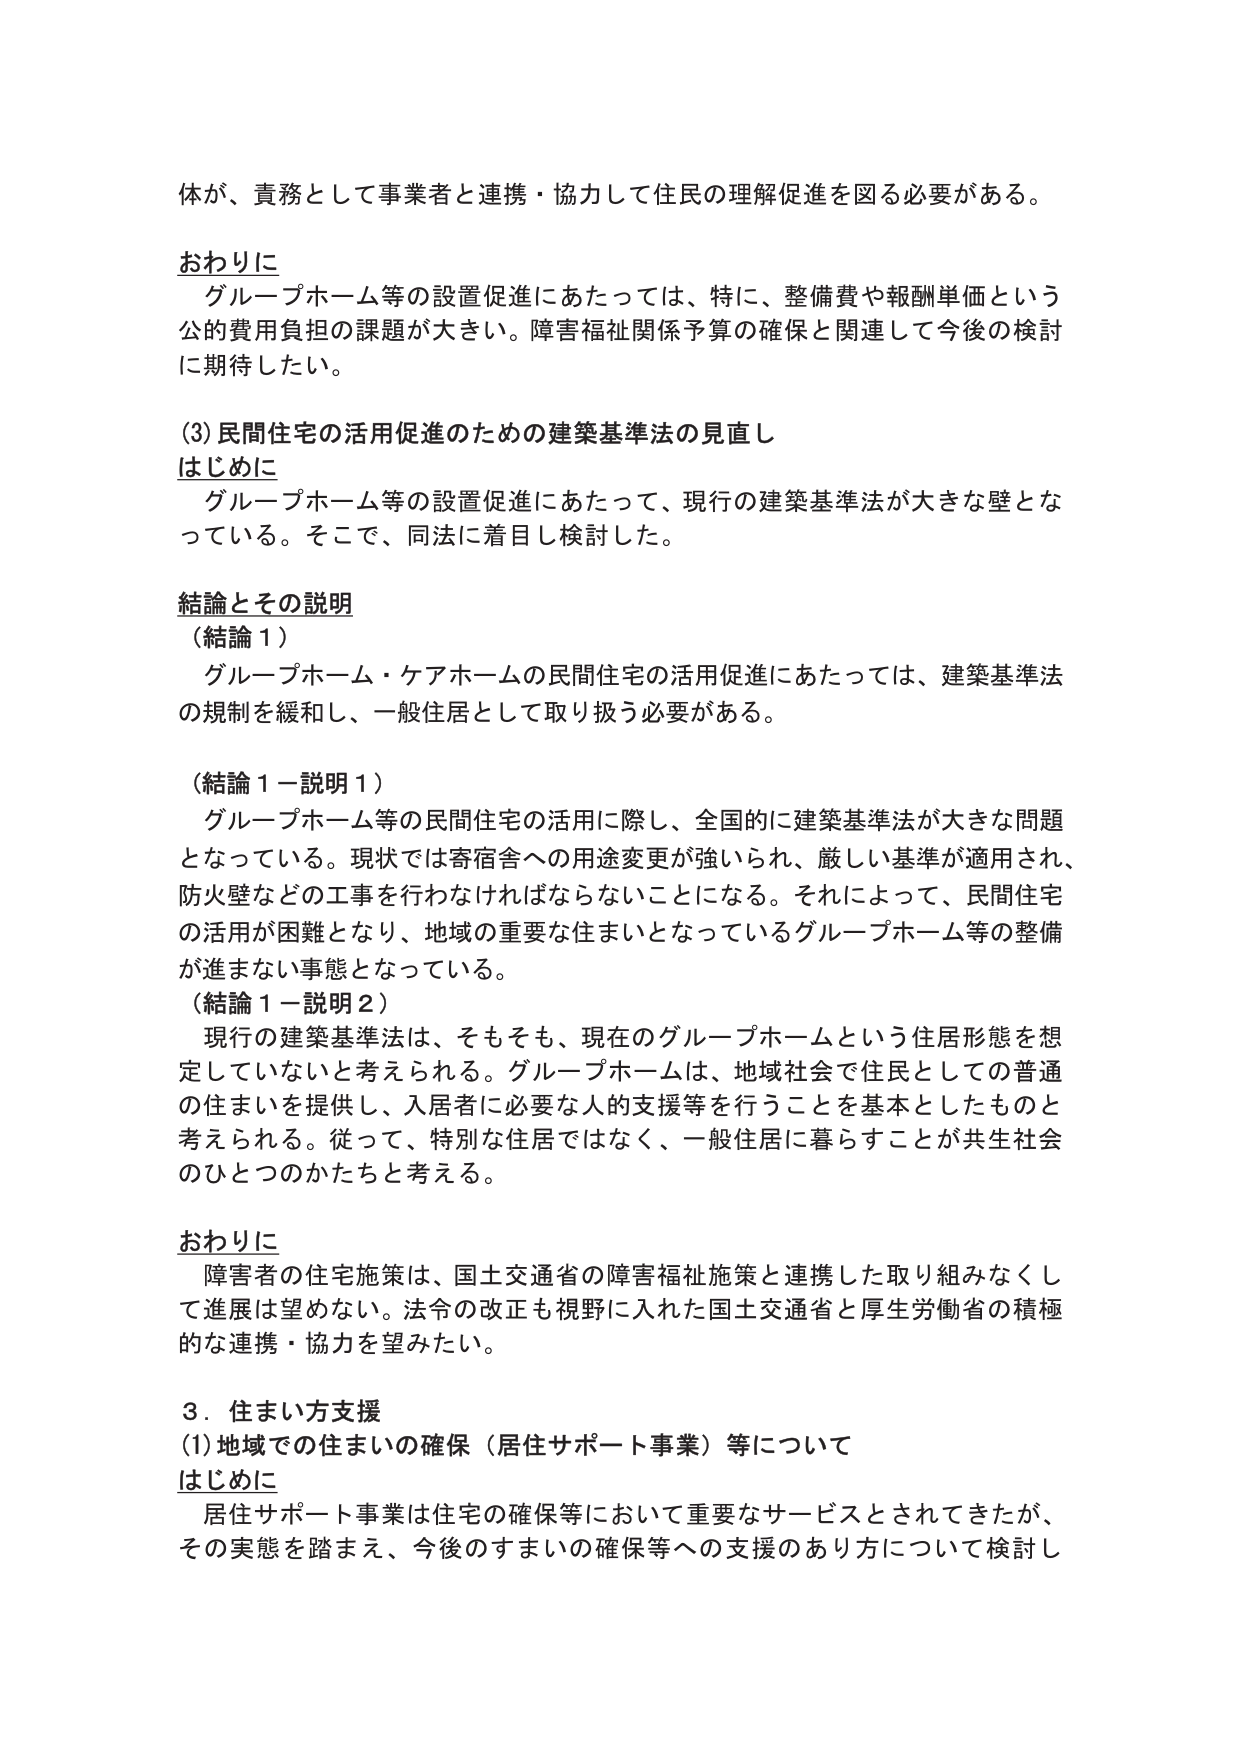
体が、責務として事業者と連携・協力して住民の理解促進を図る必要がある。

おわりに
　グループホーム等の設置促進にあたっては、特に、整備費や報酬単価という
公的費用負担の課題が大きい。障害福祉関係予算の確保と関連して今後の検討
に期待したい。

(3) 民間住宅の活用促進のための建築基準法の見直し
はじめに
　グループホーム等の設置促進にあたって、現行の建築基準法が大きな壁とな
っている。そこで、同法に着目し検討した。

結論とその説明
（結論１）
　グループホーム・ケアホームの民間住宅の活用促進にあたっては、建築基準法
の規制を緩和し、一般住居として取り扱う必要がある。

（結論１－説明１）
　グループホーム等の民間住宅の活用に際し、全国的に建築基準法が大きな問題
となっている。現状では寄宿舎への用途変更が強いられ、厳しい基準が適用され、
防火壁などの工事を行わなければならないことになる。それによって、民間住宅
の活用が困難となり、地域の重要な住まいとなっているグループホーム等の整備
が進まない事態となっている。
（結論１－説明２）
　現行の建築基準法は、そもそも、現在のグループホームという住居形態を想
定していないと考えられる。グループホームは、地域社会で住民としての普通
の住まいを提供し、入居者に必要な人的支援等を行うことを基本としたものと
考えられる。従って、特別な住居ではなく、一般住居に暮らすことが共生社会
のひとつのかたちと考える。

おわりに
　障害者の住宅施策は、国土交通省の障害福祉施策と連携した取り組みなくし
て進展は望めない。法令の改正も視野に入れた国土交通省と厚生労働省の積極
的な連携・協力を望みたい。

３．住まい方支援
(1) 地域での住まいの確保（居住サポート事業）等について
はじめに
　居住サポート事業は住宅の確保等において重要なサービスとされてきたが、
その実態を踏まえ、今後のすまいの確保等への支援のあり方について検討し